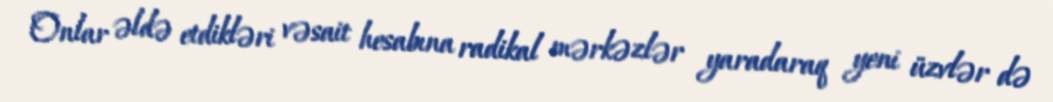
Onlar əldə etdikləri vəsait hesabına radikal mərkəzlər yaradaraq yeni üzvlər də